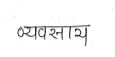
मजकूर: व्यवसाय